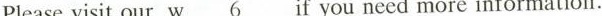
Please visit our w\underline{6} if you need more information.